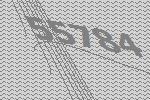
55784